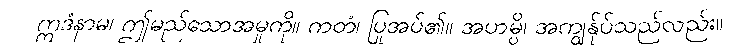
ဣဒံနာမ၊ ဤမည်သောအမှုကို။ ကတံ၊ ပြုအပ်၏။ အဟမ္ပိ၊ အကျွန်ုပ်သည်လည်း။